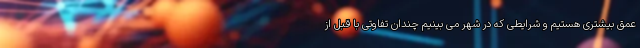
عمق بیشتری هستیم و شرایطی که در شهر می بینیم چندان تفاوتی با قبل از